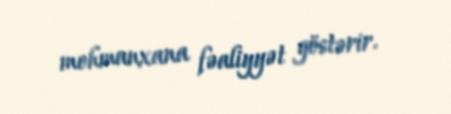
mehmanxana fəaliyyət göstərir.